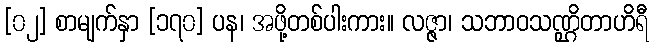
[၀၂] စာမျက်နှာ [၁၇၀] ပန၊ အဖို့တစ်ပါးကား။ လဇ္ဇာ၊ သဘာဝသဏ္ဌိတာဟိရီ